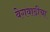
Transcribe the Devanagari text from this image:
वेगवाढीचा